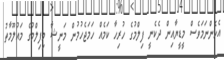
އެހެންނަމަވެސް މީޑީޔާއިން ދެކެނީ ފިލްމުގެ ހުރިހާ ކަމެއް ހަމަޖެހުމުން މަނީޝާ މިފިލްމުގެ މައުލޫމާތު